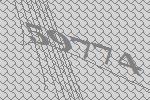
59774